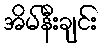
အိမ်နီးချင်း